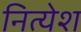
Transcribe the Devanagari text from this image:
नित्येश